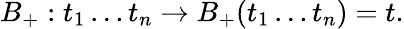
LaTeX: B_{+}:t_{1}\ldots t_{n}\to B_{+}(t_{1}\ldots t_{n})=t.